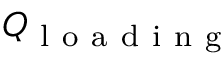
Q _ { \mathrm { ~ l ~ o ~ a ~ d ~ i ~ n ~ g ~ } }